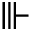
\Vvdash